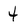
Character: 4